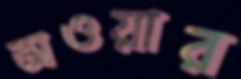
অওয়ার